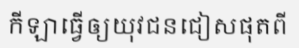
កីឡាធ្វើឲ្យយុវជនជៀសផុតពី